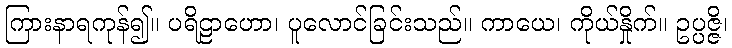
ကြားနာရကုန်၍။ ပရိဠာဟော၊ ပူလောင်ခြင်းသည်။ ကာယေ၊ ကိုယ်နှိုက်။ ဥပ္ပဇ္ဇိ၊